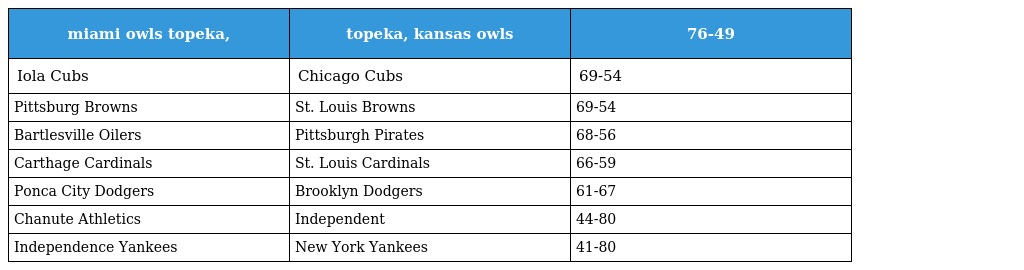
| miami owls topeka, | topeka, kansas owls | 76-49 |
 | --- | --- | --- |
 | Iola Cubs | Chicago Cubs | 69-54 |
 | Pittsburg Browns | St. Louis Browns | 69-54 |
 | Bartlesville Oilers | Pittsburgh Pirates | 68-56 |
 | Carthage Cardinals | St. Louis Cardinals | 66-59 |
 | Ponca City Dodgers | Brooklyn Dodgers | 61-67 |
 | Chanute Athletics | Independent | 44-80 |
 | Independence Yankees | New York Yankees | 41-80 |